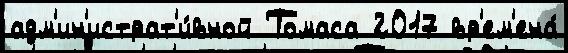
адм'ин'истрат'и́вной Томаса 2017 вр'ем'ена́